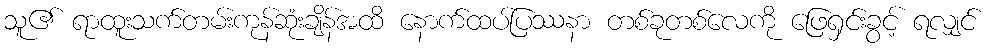
သူ၏ ရာထူးသက်တမ်းကုန်ဆုံးချိန်အထိ နောက်ထပ်ပြဿနာ တစ်ခုတစ်လေကို ဖြေရှင်းခွင့် ရလျှင်